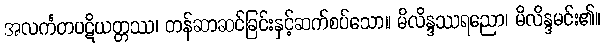
အလင်္ကတပဋိယတ္တဿ၊ တန်ဆာဆင်ခြင်းနှင့်ဆက်စပ်သော။ မိလိန္ဒဿရညော၊ မိလိန္ဒမင်း၏။